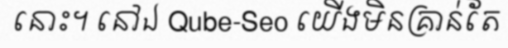
នោះ។ នៅឯ Qube-Seo យើងមិនគ្រាន់តែ